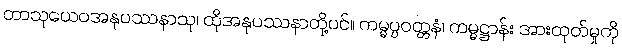
တာသုယေဝအနုပဿနာသု၊ ထိုအနုပဿနာတို့ပင်။ ကမ္မပ္ပဝတ္တနံ၊ ကမ္မဋ္ဌာန်း အားထုတ်မှုကို